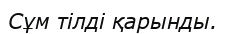
Сұм тілді қарынды.